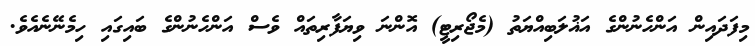
މިފަދައިން އަންހެނުންގެ އަޣުލަބިއްޔަތު (މެޖޯރިޓީ) އޮންނަ ވިޔަފާރިތައް ވެސް އަންހެނުންގެ ބައިގައި ހިމެނޭނެއެވެ.